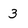
Character: 3